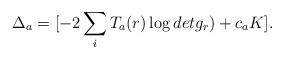
LaTeX: \begin{align*}\Delta_{a} =[- 2 \sum_{i} T_{a}(r) \log det g_{r} ) + c_{a} K].\end{align*}